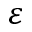
\varepsilon